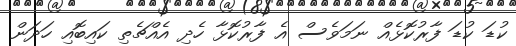
ކުޑަ ކުޑަ ފާރުކޮޅެއް ނަމަވެސް އެ ފާރުކޮޅާ ހެދި އެއްޗެތި ކައިބޮއި ހަދަން